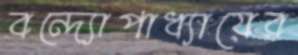
বন্দ্যোপাধ্যায়ের